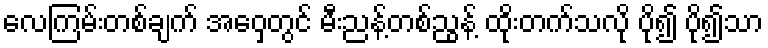
လေကြမ်းတစ်ချက် အဝှေ့တွင် မီးညန့်တစ်ညွန့် ထိုးတက်သလို ပို၍ ပို၍သာ